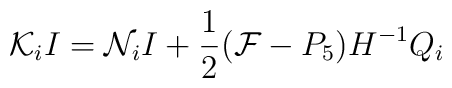
{\cal K}_{i}I={\cal N}_{i}I+ \frac{1}{2}({\cal F}-P_5)H^{-1} Q_i